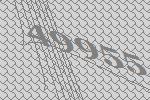
49955